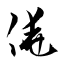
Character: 僥